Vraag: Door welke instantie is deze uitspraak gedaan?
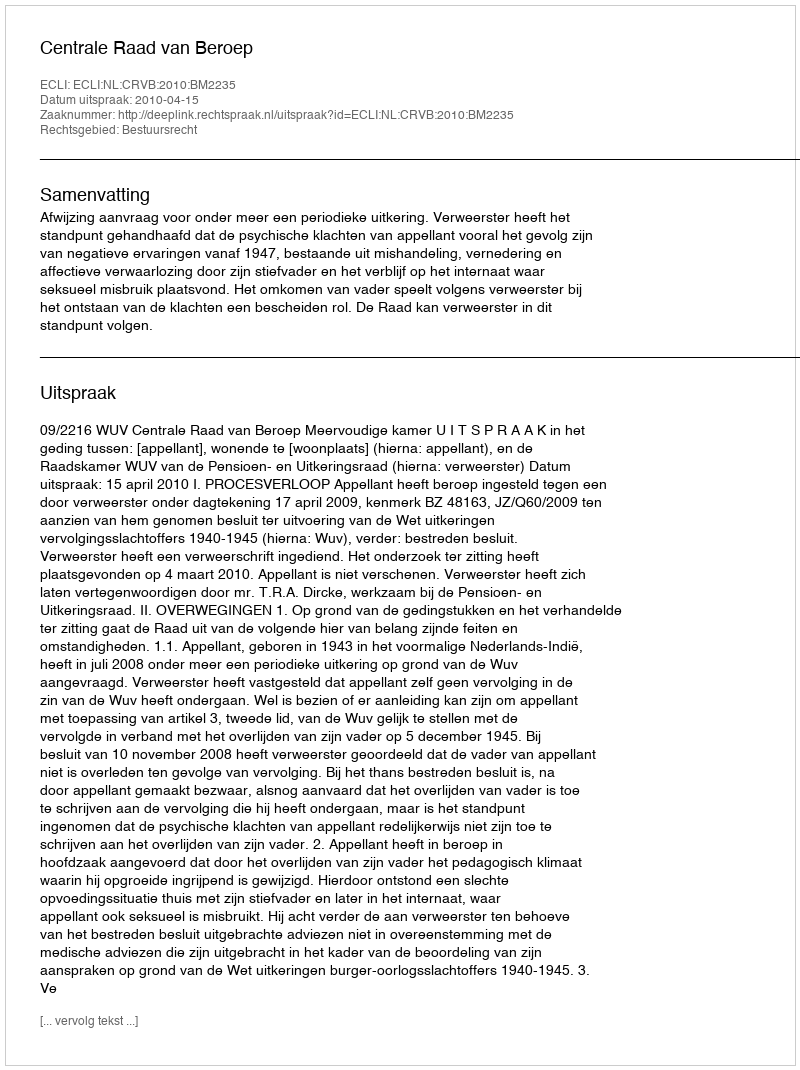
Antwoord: Centrale Raad van Beroep